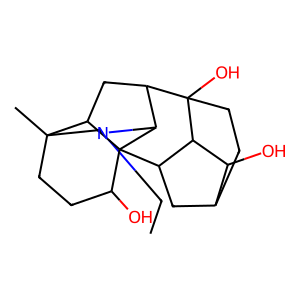
SMILES: CCN1CC2(C)CCC(O)C34C5CC6CCC(O)(C(CC23)C14)C5C6O
Inhibits HIV replication: No